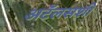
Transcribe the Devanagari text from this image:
अटॅलसशी